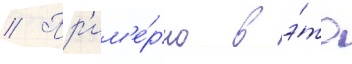
// Пр'им'е́рно в э́то